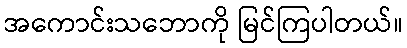
အကောင်းသဘောကို မြင်ကြပါတယ်။